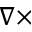
\nabla \times